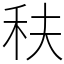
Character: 䄮